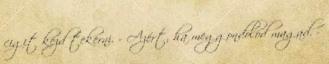
cigit kezd tekerni. - Azért, ha meggondolod magad. -